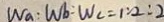
W _ { a } : W _ { b } : W _ { c } = 1 : 2 : 2